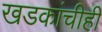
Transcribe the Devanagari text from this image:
खडकांचीही